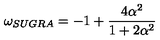
\omega _ { S U G R A } = - 1 + \frac { 4 \alpha ^ { 2 } } { 1 + 2 \alpha ^ { 2 } }